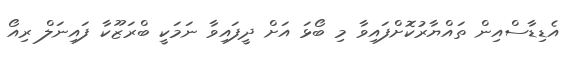
އެޑިޑާސްއިން ތައްޔާރުކޮށްފައިވާ މި ބޯޅަ އަށް ދީފައިވާ ނަމަކީ ބްރަޒޫކާ ފައިނަލް ރިއޯ